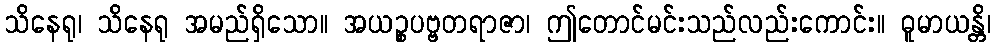
သိနေရု၊ သိနေရု အမည်ရှိသော။ အယဉ္စပဗ္ဗတရာဇာ၊ ဤတောင်မင်းသည်လည်းကောင်း။ ဓူမာယန္တိ၊